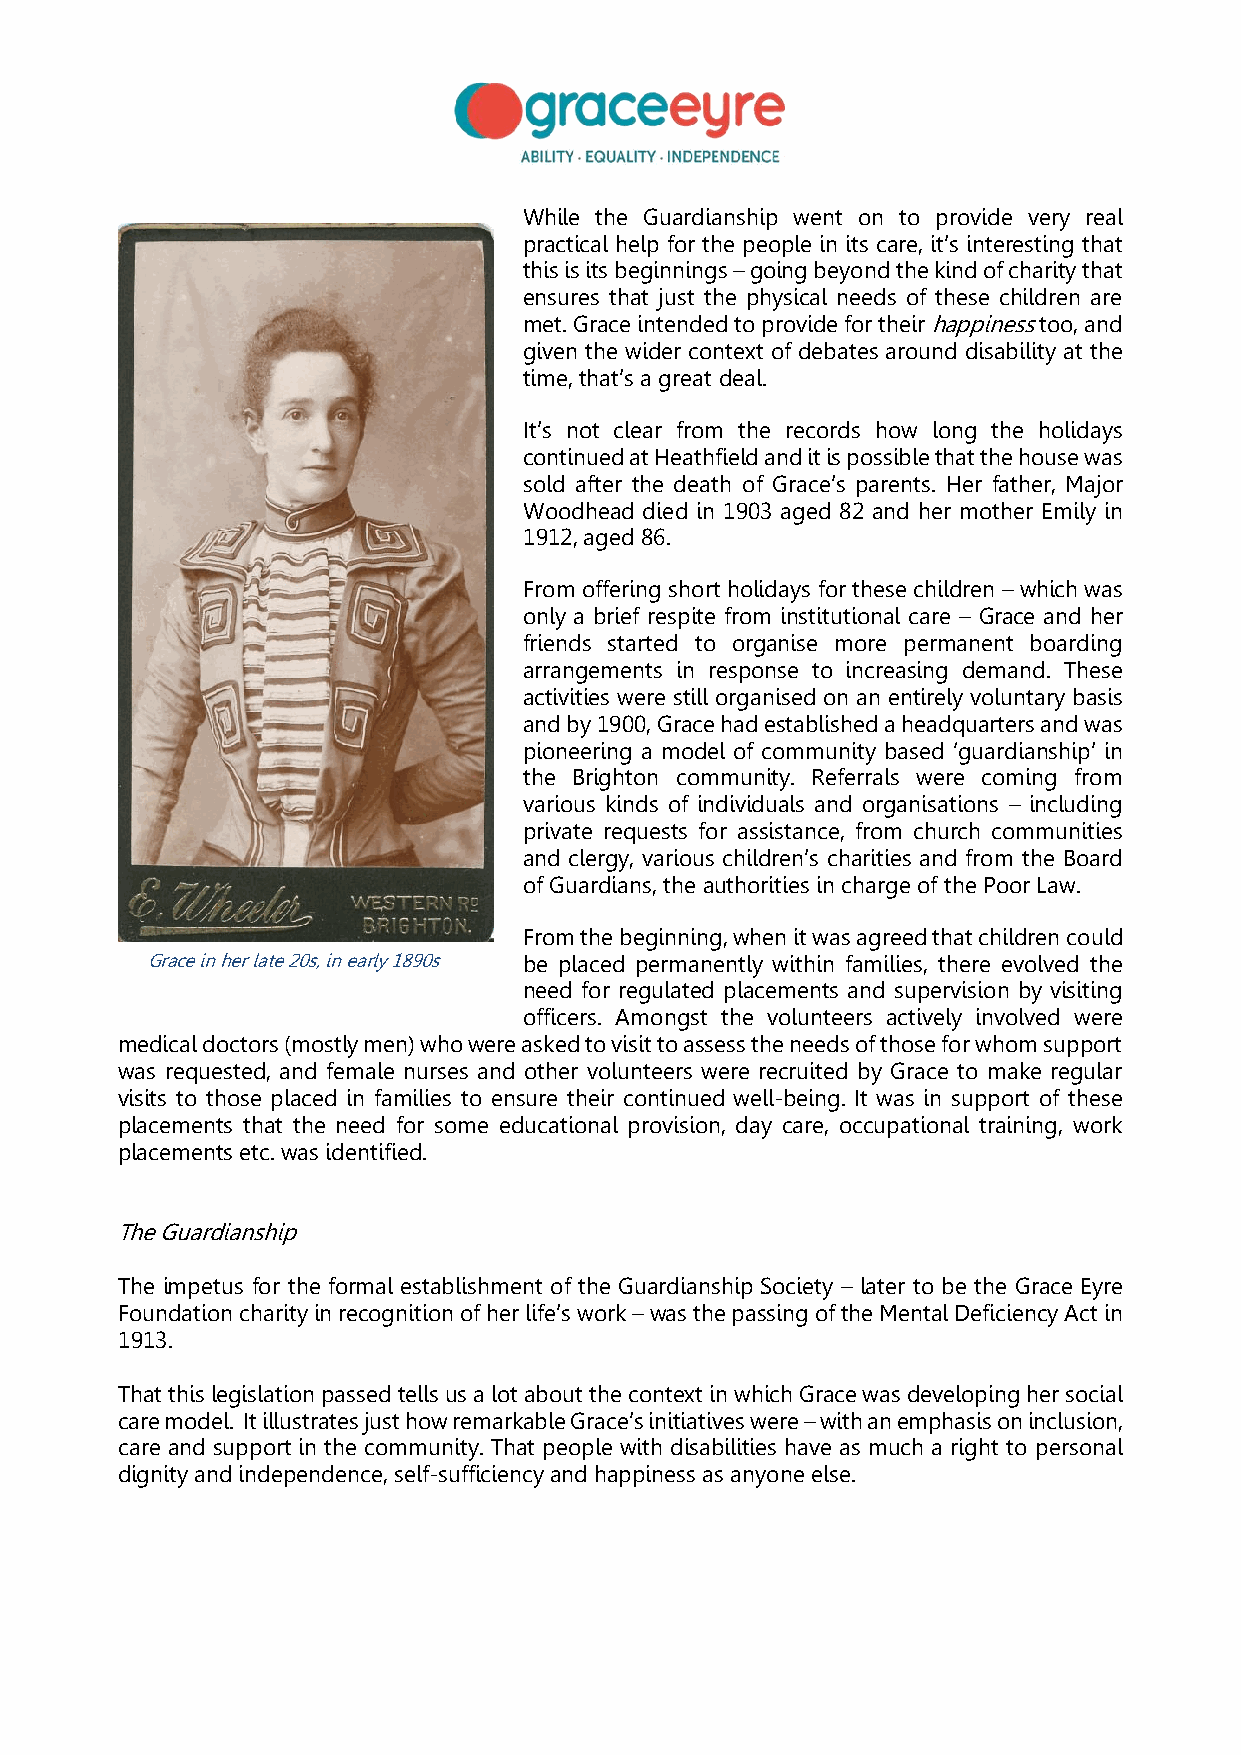
While the Guardianship went on to provide very real
 practical help for the people in its care, it’s interesting that
 this is its beginnings – going beyond the kind of charity that
 ensures that just the physical needs of these children are
 met. Grace intended to provide for their happiness too, and
 given the wider context of debates around disability at the
 time, that’s a great deal.
 It’s not clear from the records how long the holidays
 continued at Heathfield and it is possible that the house was
 sold after the death of Grace’s parents. Her father, Major
 Woodhead died in 1903 aged 82 and her mother Emily in
 1912, aged 86.
 From offering short holidays for these children – which was
 only a brief respite from institutional care – Grace and her
 friends started to organise more permanent boarding
 arrangements in response to increasing demand. These
 activities were still organised on an entirely voluntary basis
 and by 1900, Grace had established a headquarters and was
 pioneering a model of community based ‘guardianship’ in
 the Brighton community. Referrals were coming from
 various kinds of individuals and organisations – including
 private requests for assistance, from church communities
 and clergy, various children’s charities and from the Board
 of Guardians, the authorities in charge of the Poor Law.
 From the beginning, when it was agreed that children could
 Grace in her late 20s, in early 1890s be placed permanently within families, there evolved the
 need for regulated placements and supervision by visiting
 officers. Amongst the volunteers actively involved were
 medical doctors (mostly men) who were asked to visit to assess the needs of those for whom support
 was requested, and female nurses and other volunteers were recruited by Grace to make regular
 visits to those placed in families to ensure their continued well-being. It was in support of these
 placements that the need for some educational provision, day care, occupational training, work
 placements etc. was identified.
 The Guardianship
 The impetus for the formal establishment of the Guardianship Society – later to be the Grace Eyre
 Foundation charity in recognition of her life’s work – was the passing of the Mental Deficiency Act in
 1913.
 That this legislation passed tells us a lot about the context in which Grace was developing her social
 care model. It illustrates just how remarkable Grace’s initiatives were – with an emphasis on inclusion,
 care and support in the community. That people with disabilities have as much a right to personal
 dignity and independence, self-sufficiency and happiness as anyone else.